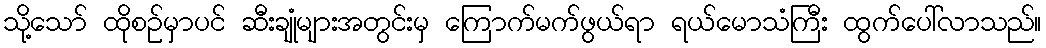
သို့သော် ထိုစဉ်မှာပင် ဆီးချုံများအတွင်းမှ ကြောက်မက်ဖွယ်ရာ ရယ်မောသံကြီး ထွက်ပေါ်လာသည်။